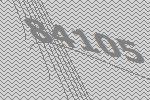
84105